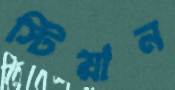
স্টিয়ান